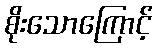
စိုးသောကြောင့်